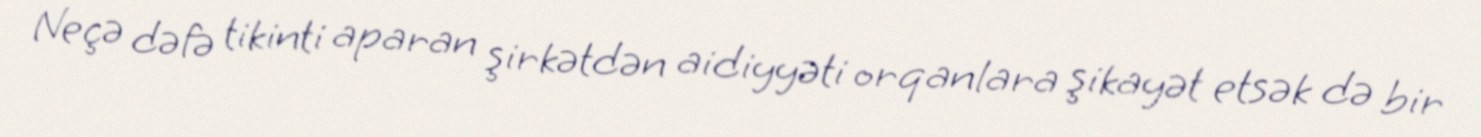
Neçə dəfə tikinti aparan şirkətdən aidiyyəti orqanlara şikayət etsək də bir